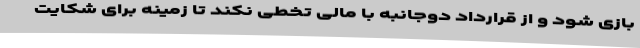
بازی شود و از قرارداد دوجانبه با مالی تخطی نکند تا زمینه برای شکایت